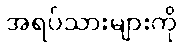
အရပ်သားများကို